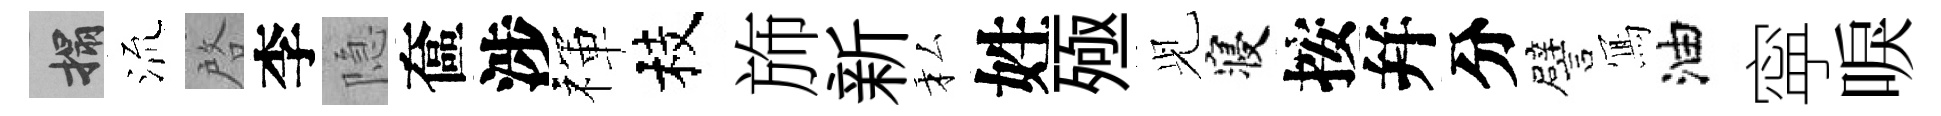
搨𣴑啓李隐奩涉禈枝斾新私姓殛𫤗寝按幷分譬𭂁油寜唳